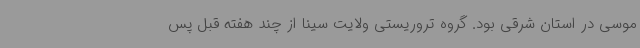
موسی در استان شرقی بود. گروه تروریستی ولایت سینا از چند هفته قبل پس